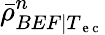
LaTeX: \bar{\rho}_{BEF|T_{\mathrm{~e~c~}}}^{n}